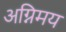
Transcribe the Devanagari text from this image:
अग्निमय